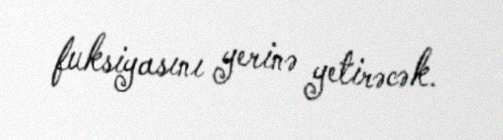
fuksiyasını yerinə yetirəcək.